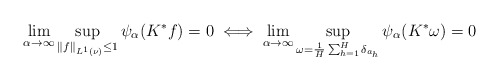
\begin{align*}\lim\limits_{\alpha \to \infty}\sup_{\Vert f\Vert_{L^1(\nu)}\leq 1}\psi_\alpha(K^{*}f)=0 \iff \lim\limits_{\alpha \to \infty}\sup_{\omega=\frac{1}{H}\sum_{h=1}^{H}\delta_{a_h}}\psi_{\alpha}(K^*\omega)=0\end{align*}